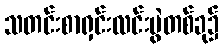
သတင်းစာရှင်းလင်းပွဲတစ်ခု၌